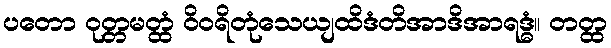
ပတော ဝုတ္တမတ္ထံ ဝိဝရိတုံသေယျထိဒံတိအာဒိအာရဒ္ဓံ။ တတ္ထ